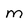
Character: M